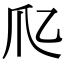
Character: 𤓱